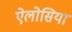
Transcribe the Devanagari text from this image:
ऐलोसिया